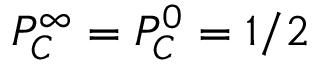
P _ { C } ^ { \infty } = P _ { C } ^ { 0 } = 1 / 2